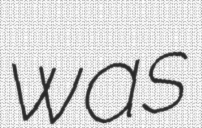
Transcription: was